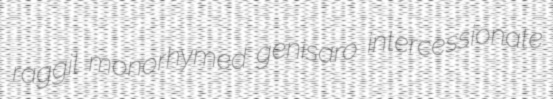
raggil monorhymed genisaro intercessionate